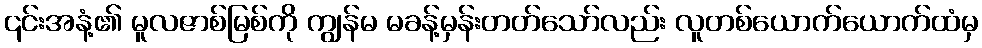
၎င်းအနံ့၏ မူလဇာစ်မြစ်ကို ကျွန်မ မခန့်မှန်းတတ်သော်လည်း လူတစ်ယောက်ယောက်ထံမှ